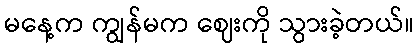
မနေ့က ကျွန်မက ဈေးကို သွားခဲ့တယ်။